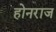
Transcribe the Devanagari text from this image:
होनराज